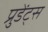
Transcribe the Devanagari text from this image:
प्रुडेंट्स